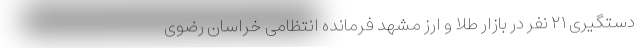
دستگیری ۲۱ نفر در بازار طلا و ارز مشهد فرمانده انتظامی خراسان رضوی